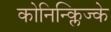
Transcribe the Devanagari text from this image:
कोनिन्क्लिज्के